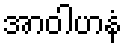
အာဝါဟနံ